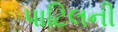
પાટિલની